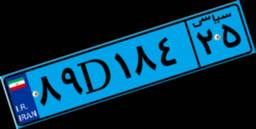
۰۵D۲۲۰۴۶